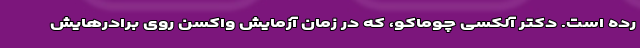
رده است. دکتر آلکسی چوماکو، که در زمانِ آزمایشِ واکسن روی برادرهایش